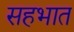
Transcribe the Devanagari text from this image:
सहभात